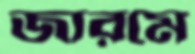
জারমে